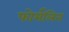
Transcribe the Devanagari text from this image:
फोर्मलिन